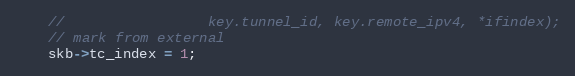
Language: C
    //                 key.tunnel_id, key.remote_ipv4, *ifindex);
    // mark from external
    skb->tc_index = 1;